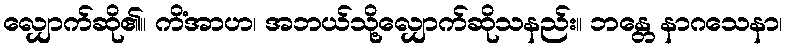
လျှောက်ဆို၏။ ကိံအာဟ၊ အဘယ်သို့လျှောက်ဆိုသနည်း။ ဘန္တေ နာဂသေနာ၊